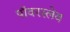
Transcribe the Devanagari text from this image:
पॉवरस्लेव